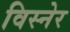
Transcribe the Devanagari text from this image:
विस्नेर